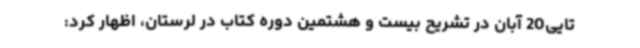
تایی20 آبان در تشریح بیست و هشتمین دوره کتاب در لرستان، اظهار کرد: